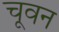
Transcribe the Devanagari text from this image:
चूवन